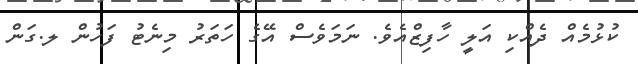
ކުޅުމެއް ދެއްކި އަލީ ހާފިޒްއެވެ. ނަމަވެސް އޭގެ ހަތަރު މިނެޓު ފަހުން ލ.ގަން